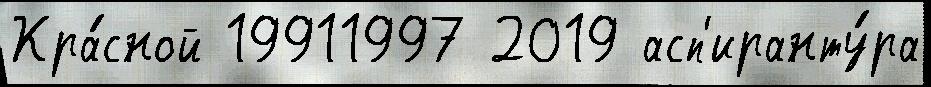
Кра́сной 19911997 2019 асп'иранту́ра